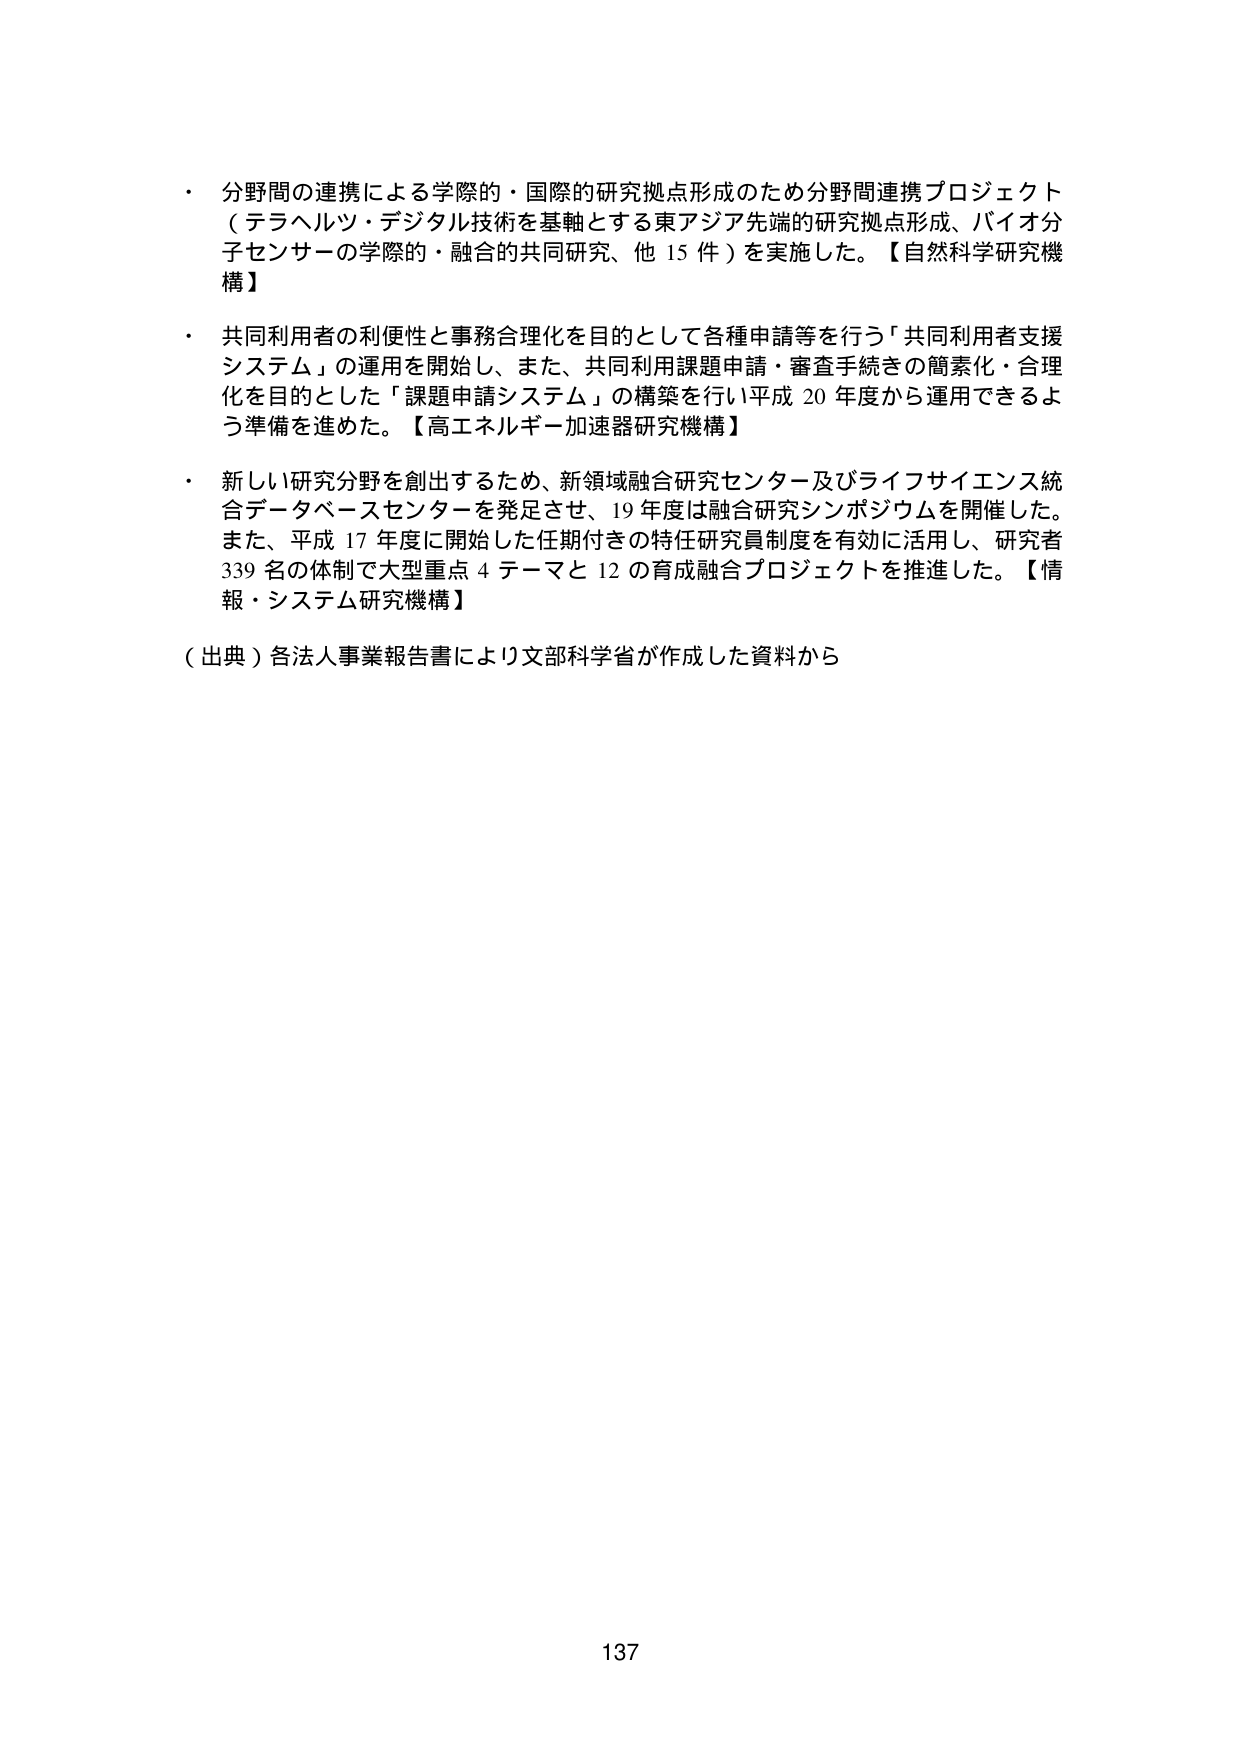
・ 分野間の連携による学際的・国際的研究拠点形成のため分野間連携プロジェクト（テラヘルツ・デジタル技術を基軸とする東アジア先端的研究拠点形成、バイオ分子センサーの学際的・融合の共同研究、他15件）を実施した。【自然科学研究機構】

・ 共同利用者の利便性と事務合理化を目的として各種申請等を行う「共同利用者支援システム」の運用を開始し、また、共同利用課題申請・審査手続きの簡素化・合理化を目的とした「課題申請システム」の構築を行い平成20年度から運用できるよう準備を進めた。【高エネルギー加速器研究機構】

・ 新しい研究分野を創出するため、新領域融合研究センター及びライフサイエンス統合データベースセンターを発足させ、19年度は融合研究シンポジウムを開催した。また、平成17年度に開始した任期付きの特任研究員制度を有効に活用し、研究者339名の体制で大型重点4テーマと12の育成融合プロジェクトを推進した。【情報・システム研究機構】

（出典）各法人事業報告書により文部科学省が作成した資料から

137